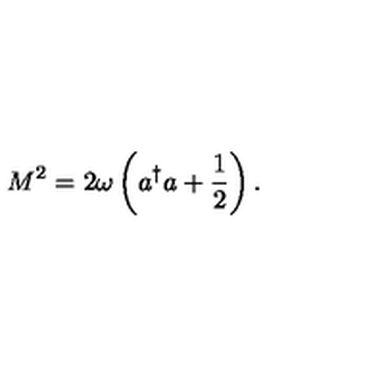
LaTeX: M ^ { 2 } = 2 \omega \left( a ^ { \dagger } a + \frac { 1 } { 2 } \right) .